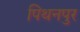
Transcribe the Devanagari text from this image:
पिथनपुर